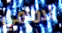
الامامي